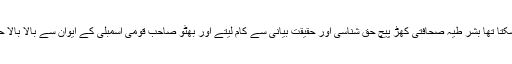
الیکشن کے بعد بھی ملک کو ٹوٹنے سے روکا جا سکتا تھا بشر طیہ صحافتی کھڑ پیچ حق شناسی اور حقیقت بیانی سے کام لیتے اور بھٹو صاحب قومی اسمبلی کے ایوان سے بالا بالا حکومت میں حصہ وصول کرنے کی ضد نہ کرتے۔